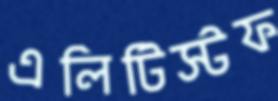
এলিটিস্টফ